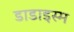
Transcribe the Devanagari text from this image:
डाडाइस्म